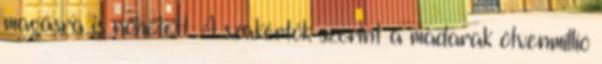
magasra is nőhetett. A szakértők szerint a madarak ötvenmillió